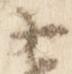
右